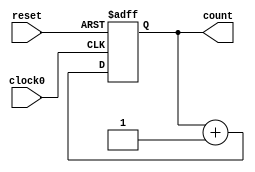
// This program was cloned from: https://github.com/tangxifan/micro_benchmark
// License: MIT License

/////////////////////////////////////////
//  Functionality: 16 bit negedge triggered up counter 
////////////////////////////////////////

module counterup16_1clk_negedge_async_resetn(clock0, reset, count);

	input clock0, reset;
	output [15:0] count;
	reg [15:0] count;                                   
	


	always @ (negedge clock0 or negedge reset) begin
		if (reset == 1'b0) begin
			count <= 0;
		end 
		else begin
			count <= count + 1;
		end
	end

endmodule